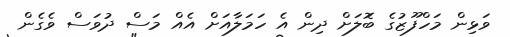
ވަޅިން މަހްފޫޒުގެ ބަޮލަށް ދިން އެ ހަމަލާއަށް އެއް މަސް ދުވަސް ވެގެން